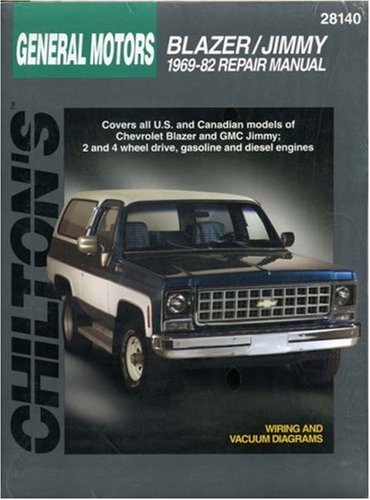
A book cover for Chevrolet Blazer and Jimmy, 1969-82 (Chilton Total Car Care Series Manuals); Chilton; Engineering & Transportation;